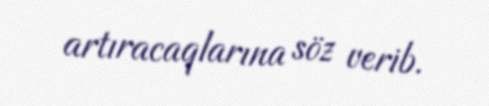
artıracaqlarına söz verib.